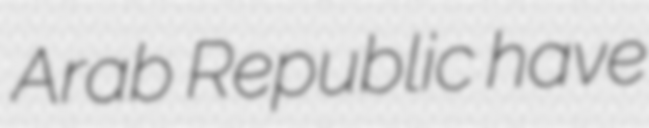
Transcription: Arab Republic have